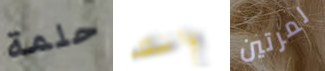
حلمة وانك لمرتين